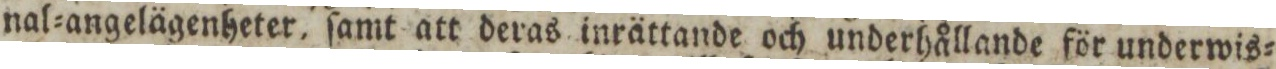
nal=angelägenheter, ſamt att deras inrättande och underhållande för underwis=